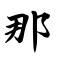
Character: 那